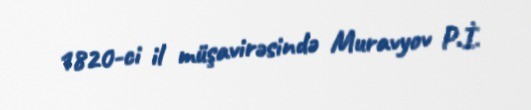
1820-ci il müşavirəsində Muravyov P.İ.